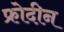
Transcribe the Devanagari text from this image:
फ्रोदीन